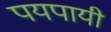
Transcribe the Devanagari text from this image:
पयपायी